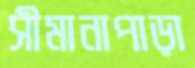
সীমানাপাড়া